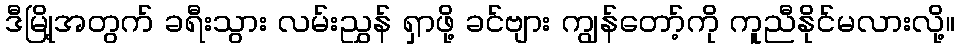
ဒီမြို့အတွက် ခရီးသွား လမ်းညွှန် ရှာဖို့ ခင်ဗျား ကျွန်တော့်ကို ကူညီနိုင်မလားလို့။